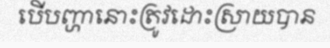
បើបញ្ហានោះត្រូវដោះស្រាយបាន